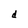
Character: d